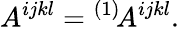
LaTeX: A^{ijkl}={}^{(1)}\! A^{ijkl}.